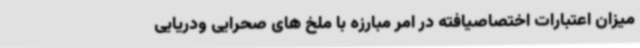
میزان اعتبارات اختصاصیافته در امر مبارزه با ملخ های صحرایی ودریایی